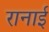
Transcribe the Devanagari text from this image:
रानाई